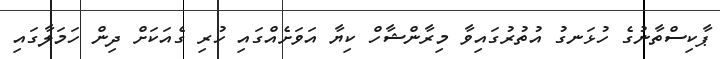
ޕާކިސްތާނުގެ ހުޅަނގު އުތުރުގައިވާ މިރާންޝާހް ކިޔާ އަވަށެއްގައި ހުރި ގެއަކަށް ދިން ހަމަލާގައި